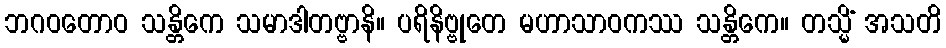
ဘဂဝတောဝ သန္တိကေ သမာဒါတဗ္ဗာနိ။ ပရိနိဗ္ဗုတေ မဟာသာဝကဿ သန္တိကေ။ တသ္မိံ အသတိ